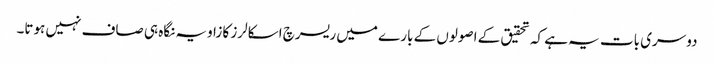
دوسری بات یہ ہے کہ تحقیق کے اصولوں کے بارے میں ریسرچ اسکالرز کا زاویہ نگاہ ہی صاف نہیں ہوتا۔